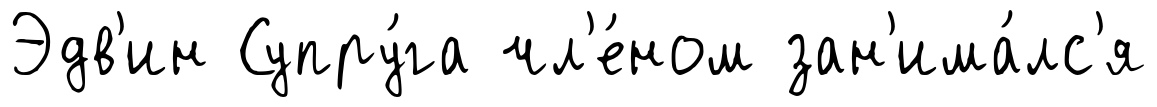
Эдв'ин Супру́га чл'е́ном зан'има́лс'я